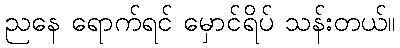
ညနေ ရောက်ရင် မှောင်ရိပ် သန်းတယ်။